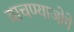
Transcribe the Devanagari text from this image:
वाचण्याजोगे